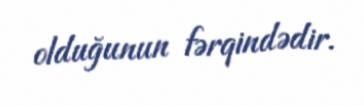
olduğunun fərqindədir.